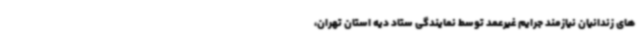
های زندانیان نیازمند جرایم غیرعمد توسط نمایندگی ستاد دیه استان تهران،